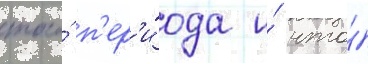
того́ п'ер'и́ода и́ что́